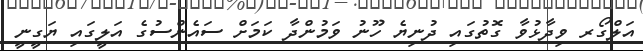
އަލްގޯރ ވިދާޅުވާ ގޮތުގައި ދުނިޔެ ހޫނު ވަމުންދާ ކަމަށް ސައެންސުގެ އަލީގައި ޔަގީނީ